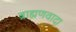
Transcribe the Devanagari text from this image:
ब्राह्मणवादा